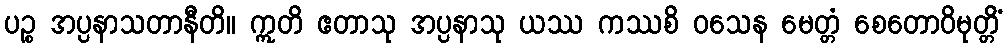
ပဉ္စ အပ္ပနာသတာနီတိ။ ဣတိ ဧတာသု အပ္ပနာသု ယဿ ကဿစိ ဝသေန မေတ္တံ စေတောဝိမုတ္တိံ